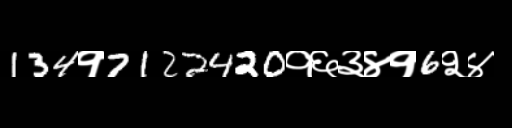
Text: 134१7122420१६३४१6२४